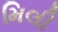
મિલી